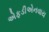
એફડીએનવાય